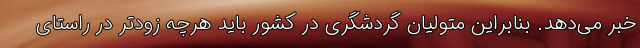
خبر می‌دهد. بنابراین متولیان گردشگری در کشور باید هرچه زودتر در راستای